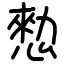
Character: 愸